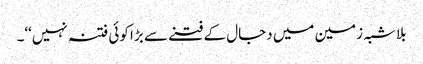
بلاشبہ زمین میں دجال کے فتنے سے بڑا کوئی فتنہ نہیں‘‘۔